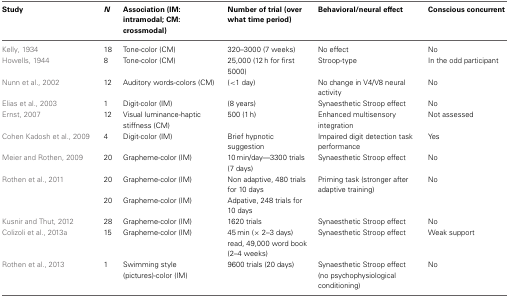
| Study | N | Association (IM: intramodal; CM: crossmodal) | Number of trial (over what time period) | Behavioral/neural effect | Conscious concurrent |
 | --- | --- | --- | --- | --- | --- |
 | Kelly, 1934 | 18 | Tone-color (CM) | 320–3000 (7 weeks) | No effect | No |
 | Howells, 1944 | 8 | Tone-color (CM) | 25,000 (12 h for first 5000) | Stroop-type | In the odd participant |
 | Nunn et al., 2002 | 12 | Auditory words-colors (CM) | (<1 day) | No change in V4/V8 neural activity | No |
 | Elias et al., 2003 | 1 | Digit-color (IM) | (8 years) | Synaesthetic Stroop effect | No |
 | Ernst, 2007 | 12 | Visual luminance-haptic stiffness (CM) | 500 (1 h) | Enhanced multisensory integration | Not assessed |
 | Cohen Kadosh et al., 2009 | 4 | Digit-color (IM) | Brief hypnotic suggestion | Impaired digit detection task performance | Yes |
 | Meier and Rothen, 2009 | 20 | Grapheme-color (IM) | 10 min/day—3300 trials (7 days) | Synaesthetic Stroop effect | No |
 | Rothen et al., 2011 | 20 | Grapheme-color (IM) | Non adaptive, 480 trials for 10 days | Priming task (stronger after adaptive training) | No |
 |  | 20 | Grapheme-color (IM) | Adpative, 248 trials for 10 days |  |  |
 | Kusnir and Thut, 2012 | 28 | Grapheme-color (IM) | 1620 trials | Synaesthetic Stroop effect | No |
 | Colizoli et al., 2013a | 15 | Grapheme-color (IM) | 45 min (× 2–3 days) read, 49,000 word book (2–4 weeks) | Synaesthetic Stroop effect | Weak support |
 | Rothen et al., 2013 | 1 | Swimming style (pictures)-color (IM) | 9600 trials (20 days) | Synaesthetic Stroop effect (no psychophysiological conditioning) | No |